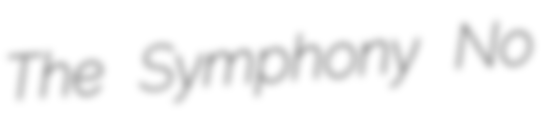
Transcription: The Symphony No